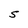
Character: S